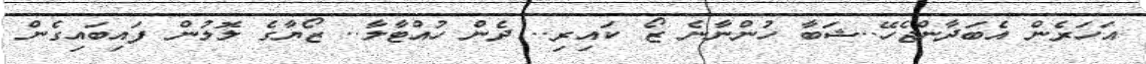
އަހަރެން އެބަދާންޖެހޭ..ޝަބާ ހުންނާނެ ޒޯ ކައިރި.. ދެން ހުއްޓާލާ.. ޒޯޔާގެ ލޮލުން ފައިބައިގެން